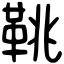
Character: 鞉